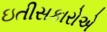
ઇતીસકારોએ